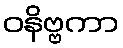
ဝနိဗ္ဗကာ